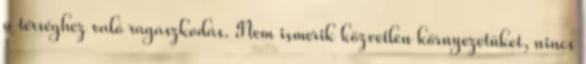
a térséghez való ragaszkodás. Nem ismerik közvetlen környezetüket, nincs